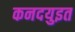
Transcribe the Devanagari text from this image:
कनदयुइत